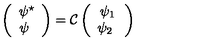
\left( \begin{array} { c } { \psi ^ { \star } } \\ { \psi \ } \\ \end{array} \right) = \mathcal { C } \left( \begin{array} { c } { \psi _ { 1 } } \\ { \psi _ { 2 } \ } \\ \end{array} \right)